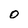
Character: o